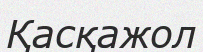
Қасқажол